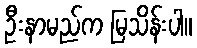
ဦးနာမည်က မြသိန်းပါ။